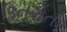
ઉતરોતર